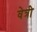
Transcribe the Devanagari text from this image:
वेत्री